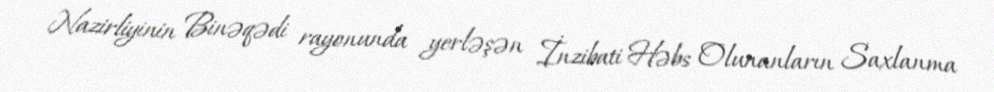
Nazirliyinin Binəqədi rayonunda yerləşən İnzibati Həbs Olunanların Saxlanma